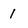
Character: 1